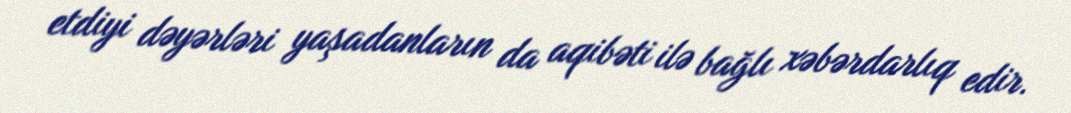
etdiyi dəyərləri yaşadanların da aqibəti ilə bağlı xəbərdarlıq edir.